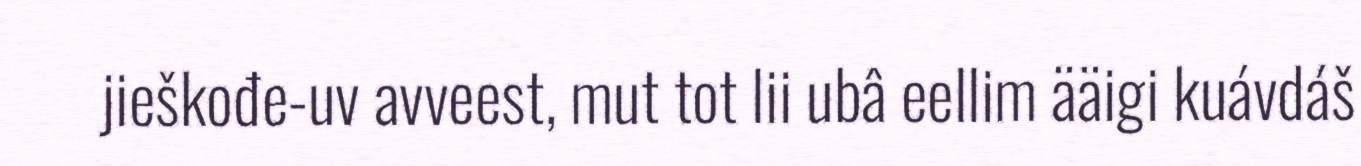
jieškođe-uv avveest, mut tot lii ubâ eellim ääigi kuávdáš